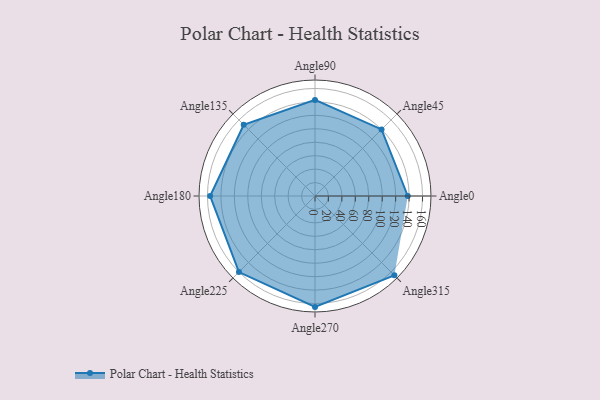
{"axis": {"x": "Angle", "y": "Radius"}, "legend": [""], "data": [{"x": "Angle0", "y": 138.0, "type": ""}, {"x": "Angle45", "y": 140.0, "type": ""}, {"x": "Angle90", "y": 143.0, "type": ""}, {"x": "Angle135", "y": 150.0, "type": ""}, {"x": "Angle180", "y": 156.0, "type": ""}, {"x": "Angle225", "y": 160.0, "type": ""}, {"x": "Angle270", "y": 165.0, "type": ""}, {"x": "Angle315", "y": 167.0, "type": ""}]}